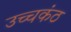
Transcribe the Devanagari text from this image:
उच्चकंठ